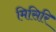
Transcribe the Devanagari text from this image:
मिसिरि